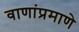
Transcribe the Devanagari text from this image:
वाणांप्रमाणे